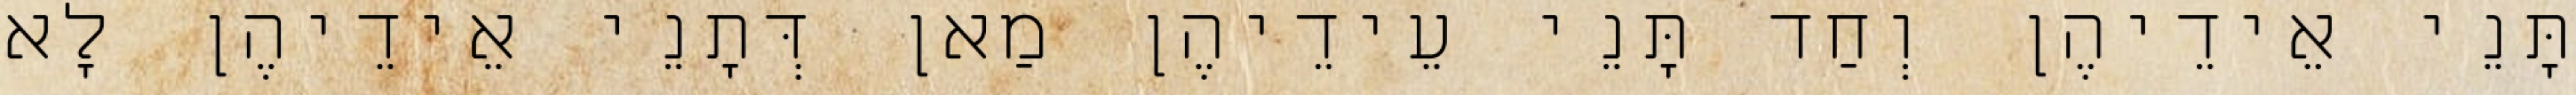
תָּנֵי אֵידֵיהֶן וְחַד תָּנֵי עֵידֵיהֶן מַאן דְּתָנֵי אֵידֵיהֶן לָא